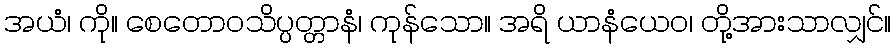
အယံ၊ ကို။ စေတောဝသိပ္ပတ္တာနံ၊ ကုန်သော။ အရိ ယာနံယေဝ၊ တို့အားသာလျှင်။